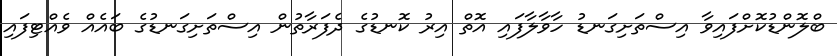
ބްލޮންޑުކޮށްފައިވާ އިސްތަށިގަނޑު ހާވާލާފައި އޮތް އިރު ކޮނޑުގެ ދެފަރާތުން އިސްތަށިގަނޑުގެ ބައެއް ވެއްޓިފައި